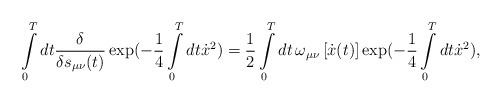
LaTeX: \begin{align*}\int\limits_0^T dt\frac{\delta }{{\delta s_{\mu \nu } (t)}}\exp ( - \frac{1}{4}\int\limits_0^T {dt\dot x^2 ) = \frac{1}{2}} \int\limits_0^T dt\,\omega _{\mu \nu } \left[ \dot{x}(t) \right]\exp ( - \frac{1}{4}\int\limits_0^T {dt\dot x^2 } ),\end{align*}